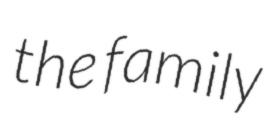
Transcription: the family